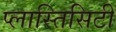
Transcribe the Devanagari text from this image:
प्लास्तिसिटी